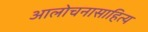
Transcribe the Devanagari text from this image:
आलोचनासाहित्य